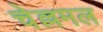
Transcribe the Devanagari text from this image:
चेल्लमल